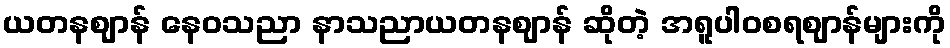
ယတနဈာန် နေဝသညာ နာသညာယတနဈာန် ဆိုတဲ့ အရူပါဝစရဈာန်များကို